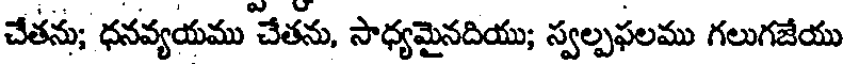
చేతను; ధనవ్యయము చేతను, సాధ్యమైనదియు; స్వల్పఫలము గలుగజేయు